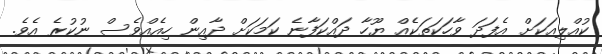
ކުއްލިއަކަށް އެފަދަ ވާހަކަތަކެއް ޔޫހާ ދައްކަފާނެ ކަމަކަށް ދާއިން ހިއެއްވެސް ނުކުރެ އެވެ.